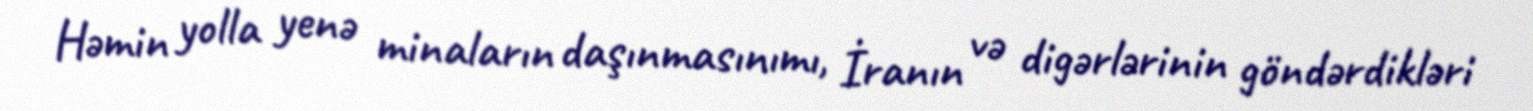
Həmin yolla yenə minaların daşınmasınımı, İranın və digərlərinin göndərdikləri